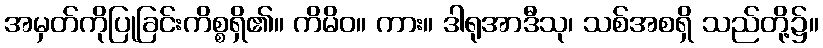
အမှတ်ကိုပြုခြင်းကိစ္စရှိ၏။ ကိမိဝ။ ကား။ ဒါရုအာဒီသု၊ သစ်အစရှိ သည်တို့၌။